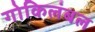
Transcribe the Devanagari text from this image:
गोकिलंबल